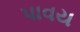
પાવય